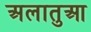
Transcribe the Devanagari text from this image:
अलातुआ